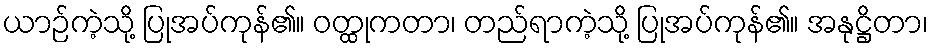
ယာဉ်ကဲ့သို့ ပြုအပ်ကုန်၏။ ဝတ္ထုကတာ၊ တည်ရာကဲ့သို့ ပြုအပ်ကုန်၏။ အနုဋ္ဌိတာ၊